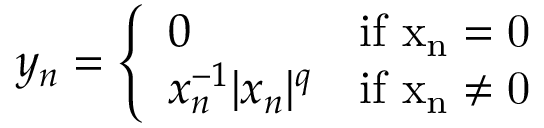
y _ { n } = { \left\{ \begin{array} { l l } { 0 } & { \mathrm { { { i f } \ x _ { n } = 0 } } } \\ { x _ { n } ^ { - 1 } | x _ { n } | ^ { q } } & { \mathrm { { { i f } \ x _ { n } \not = 0 } } } \end{array} \right. }